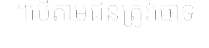
។បើតាមជនត្រូវចោទ